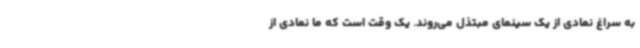
به سراغ نمادی از یک سینمای مبتذل می‌روند. یک وقت است که ما نمادی از